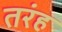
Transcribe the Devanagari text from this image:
तरंह